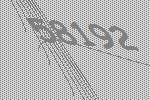
58192